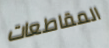
المقاطعات